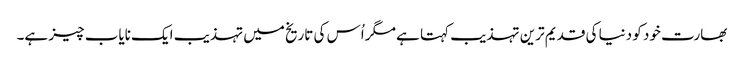
بھارت خود کو دنیا کی قدیم ترین تہذیب کہتا ہے مگر اُس کی تاریخ میں تہذیب ایک نایاب چیز ہے۔